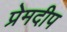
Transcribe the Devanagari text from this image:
प्रेमदीप